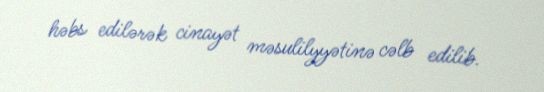
həbs edilərək cinayət məsulilyyətinə cəlb edilib.